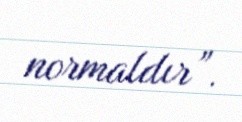
normaldır”.